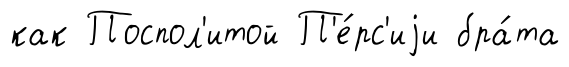
как Поспол'итой П'е́рс'иjи бра́та